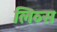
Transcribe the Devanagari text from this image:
लिव्स